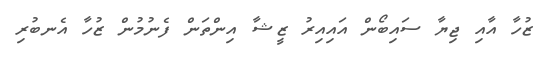
ޒުހާ އާއި ޖިޔާ ސައިބޯން އައިއިރު ޒީޝާ އިންތަން ފެނުމުން ޒުހާ އެނބުރި